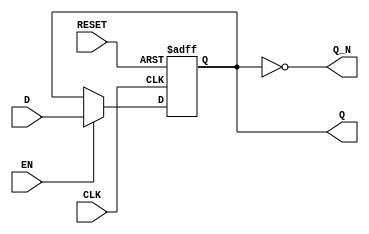
module gated_latch (
    input wire D,          // Data input
    input wire CLK,       // Clock input
    input wire EN,        // Enable input
    input wire RESET,     // Reset input
    output reg Q,         // Output representing the stored value
    output wire Q_N       // Complement of the output
);

    // Assign the complement of Q
    assign Q_N = ~Q;

    // Sequential block for the gated latch
    always @(posedge CLK or posedge RESET) begin
        if (RESET) begin
            Q <= 1'b0;    // Reset Q to 0 on reset signal
        end else if (EN) begin
            Q <= D;       // Update Q with D when EN is high
        end
        // If EN is low, Q retains its previous value
    end
    
endmodule